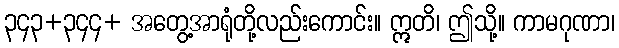
၃၄၃+၃၄၄+ အတွေ့အာရုံတို့လည်းကောင်း။ ဣတိ၊ ဤသို့။ ကာမဂုဏာ၊